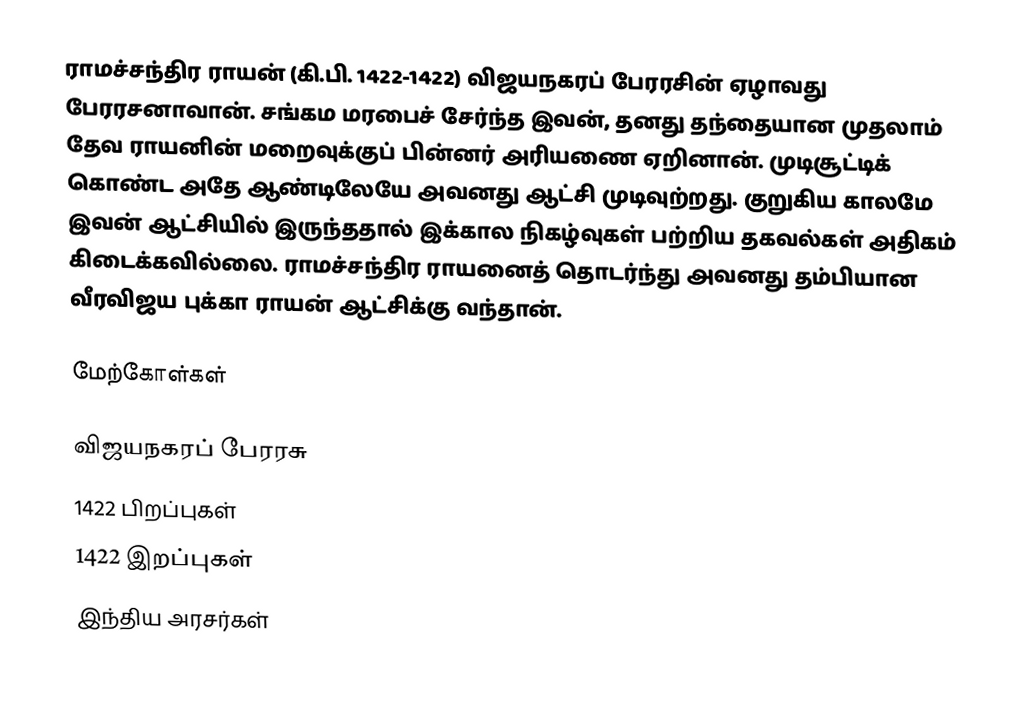
ராமச்சந்திர ராயன் (கி.பி. 1422-1422) விஜயநகரப் பேரரசின் ஏழாவது பேரரசனாவான். சங்கம மரபைச் சேர்ந்த இவன், தனது தந்தையான முதலாம் தேவ ராயனின் மறைவுக்குப் பின்னர் அரியணை ஏறினான். முடிசூட்டிக் கொண்ட அதே ஆண்டிலேயே அவனது ஆட்சி முடிவுற்றது. குறுகிய காலமே இவன் ஆட்சியில் இருந்ததால் இக்கால நிகழ்வுகள் பற்றிய தகவல்கள் அதிகம் கிடைக்கவில்லை. ராமச்சந்திர ராயனைத் தொடர்ந்து அவனது தம்பியான வீரவிஜய புக்கா ராயன் ஆட்சிக்கு வந்தான்.

மேற்கோள்கள்

விஜயநகரப் பேரரசு
1422 பிறப்புகள்
1422 இறப்புகள்
 இந்திய அரசர்கள்